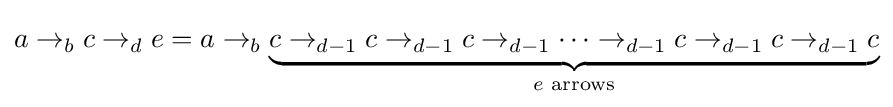
a\rightarrow _{b}c\rightarrow _{d}e=a\rightarrow _{b}\underbrace {c\rightarrow _{d-1}c\rightarrow _{d-1}c\rightarrow _{d-1}\dots \rightarrow _{d-1}c\rightarrow _{d-1}c\rightarrow _{d-1}c} _{e{\text{ arrows}}}